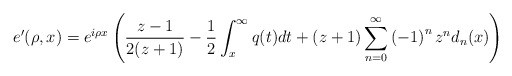
\begin{align*}e^{\prime}(\rho,x)=e^{i\rho x}\left( \frac{z-1}{2(z+1)}-\frac{1}{2}\int_{x}^{\infty}q(t)dt+(z+1)\sum_{n=0}^{\infty}\left( -1\right) ^{n}z^{n}d_{n}(x)\right) \end{align*}